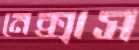
নেক্সাস